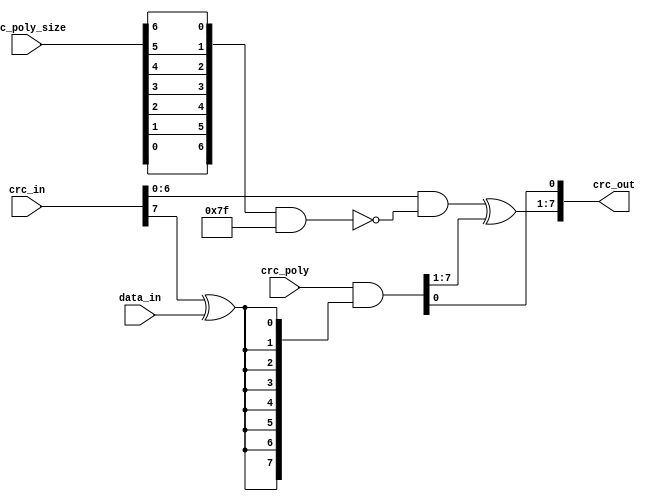
`define size ((DATA_SIZE/4) * (2 ** (type - 1)))

module crc_comb
#(
	parameter CRC_SIZE      = 8,         // Define the size of CRC Code
 	parameter MASK          = 8'hff      // This mask define the level of configurability of the module
)(
	//OUTPUTS
	output [CRC_SIZE - 1 : 0] crc_out,   // CRC code after one round of calculation
	//INPUTS
	input                    data_in,    // One bit of data block
	input [CRC_SIZE - 1 : 0] crc_in,     // In cascated mode, this input is the previous calculated CRC code
	input [CRC_SIZE - 1 : 0] crc_poly,   // Generator Polynomial
  input [CRC_SIZE - 2 : 0] crc_poly_size
);

wire [CRC_SIZE - 2 : 0] MASK_REVERSED;
wire [CRC_SIZE - 1 : 0] feedback;
wire [CRC_SIZE - 2 : 0] crc_in_masked;
wire [CRC_SIZE - 2 : 0] crc_poly_size_reversed;

generate
  genvar i;
  for(i = 0; i < CRC_SIZE - 1; i = i + 1)
    begin
			assign crc_poly_size_reversed[i] = crc_poly_size[CRC_SIZE - 2 - i];
   		assign MASK_REVERSED[i] = MASK[CRC_SIZE - 2 - i]; 
		end
endgenerate

assign feedback = crc_poly & {CRC_SIZE{crc_in[CRC_SIZE - 1] ^ data_in}};
assign crc_in_masked = crc_in[CRC_SIZE - 2 : 0] & (~(crc_poly_size_reversed[CRC_SIZE - 2 : 0] & MASK_REVERSED)); 
assign crc_out = {crc_in_masked ^ feedback[CRC_SIZE - 1 : 1], feedback[0]}; 

endmodule